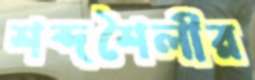
শব্দশৈলীর